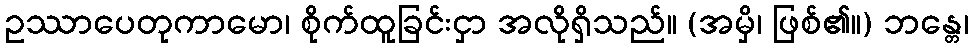
ဥဿာပေတုကာမော၊ စိုက်ထူခြင်းငှာ အလိုရှိသည်။ (အမှိ၊ ဖြစ်၏။) ဘန္တေ၊